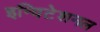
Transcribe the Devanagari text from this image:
इन्विटेशनल